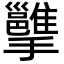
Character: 𢹭